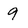
Character: 9